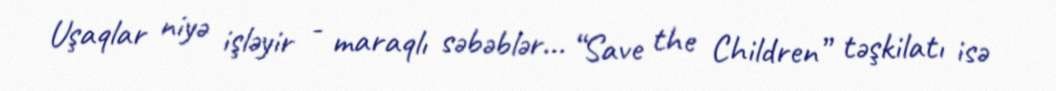
Uşaqlar niyə işləyir - maraqlı səbəblər... “Save the Children” təşkilatı isə